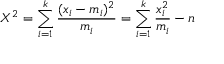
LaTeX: X ^ { 2 } = \sum _ { i = 1 } ^ { k } { \frac { ( x _ { i } - m _ { i } ) ^ { 2 } } { m _ { i } } } = \sum _ { i = 1 } ^ { k } { { \frac { x _ { i } ^ { 2 } } { m _ { i } } } - n }